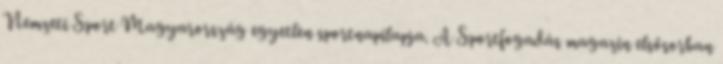
Nemzeti Sport Magyarország egyetlen sportnapilapja. A Sportfogadás magazin elsősorban